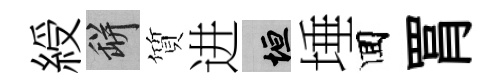
綬瓶質进垣埵囬罥